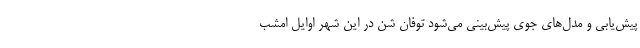
پیش‌یابی و مدل‌های جوی پیش‌بینی می‌شود توفان شن در این شهر اوایل امشب